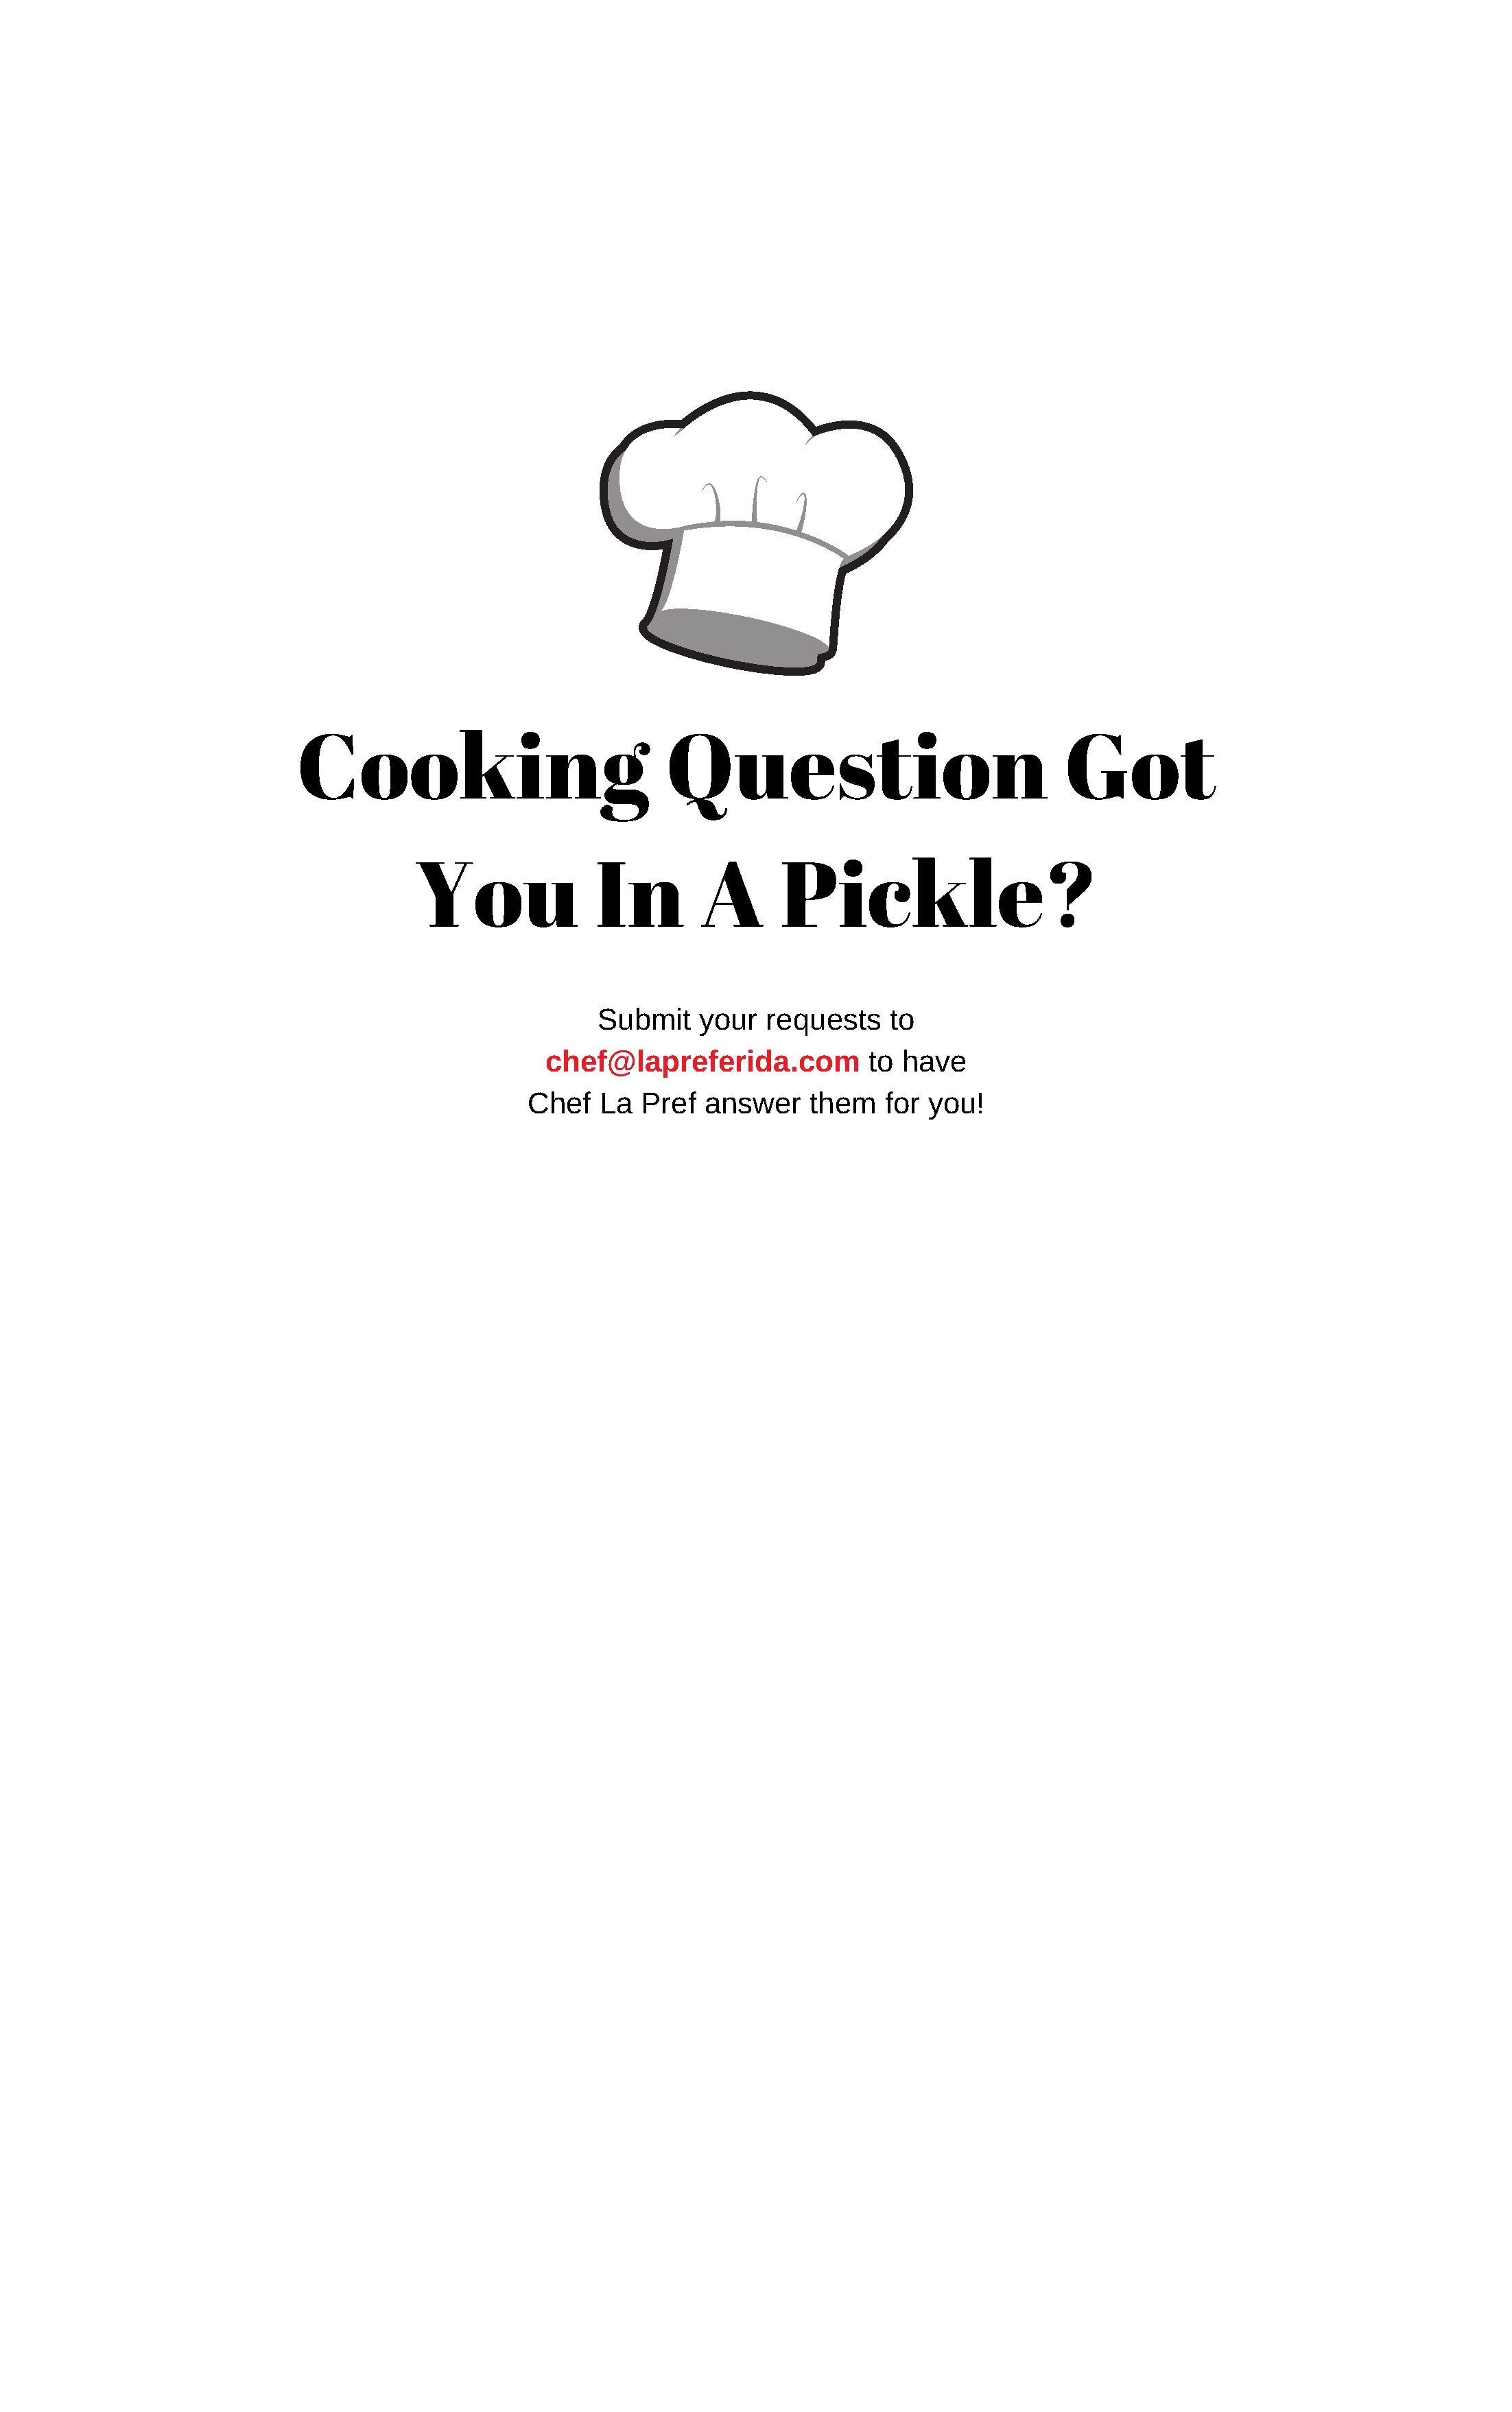
Cooking                            Question                               Got
 You              In         A      Pickle?
 Submit   your   requests    to
 chef@lapreferida.com           to have
 Chef   La  Pref  answer    them   for  you!